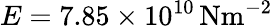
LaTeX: E=7.85\times 10^{10}\, \mathrm{{Nm^{-2}}}